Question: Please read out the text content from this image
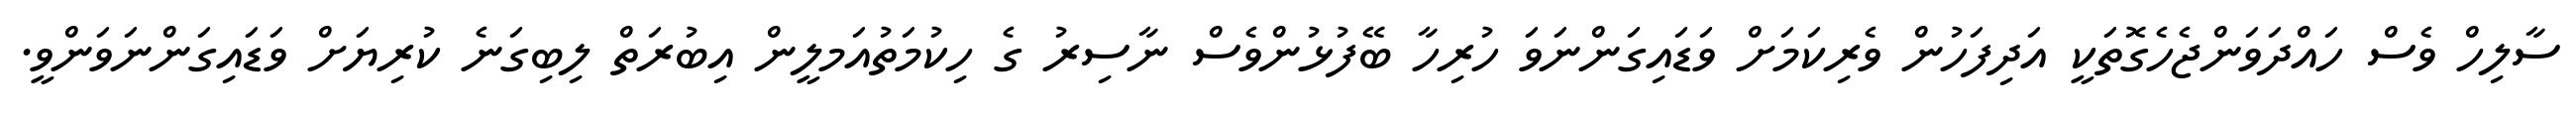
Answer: ސާލިހް ވެސް ހައްދަވަންޖެހެގޮތަކީ އަދިފަހުން ވެރިކަމަށް ވަޑައިގަންނަވަ ހުރިހާ ބޭފުޅުންވެސް ނާސިރު ގެ ހިކުމަތުއަމލީން އިބުރަތް ލިބިގަނެ ކުރިޔަށް ވަޑައިގަންނަވަންވީ.